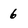
Character: 6